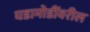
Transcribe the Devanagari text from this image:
घडामोडींवरील